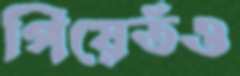
পিয়েতঁও